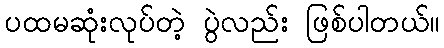
ပထမဆုံးလုပ်တဲ့ ပွဲလည်း ဖြစ်ပါတယ်။